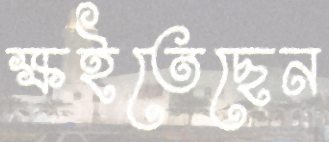
ক্ষইতেছেন